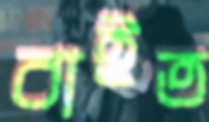
বাইত